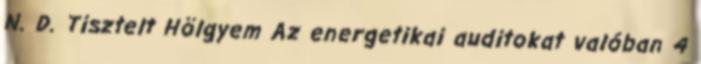
N. D. Tisztelt Hölgyem Az energetikai auditokat valóban 4